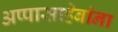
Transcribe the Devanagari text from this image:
अप्पासाहेबांना